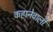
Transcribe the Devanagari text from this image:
कहानेवाली